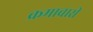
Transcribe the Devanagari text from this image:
क्रमावारी